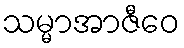
သမ္မာအာဇီဝေ